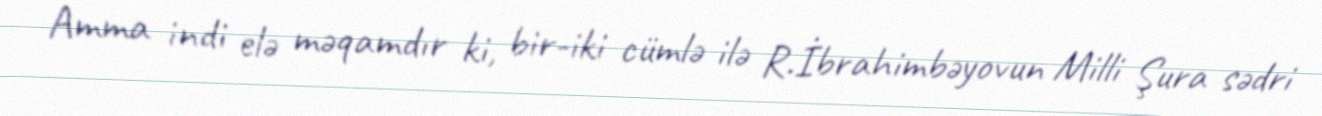
Amma indi elə məqamdır ki, bir-iki cümlə ilə R.İbrahimbəyovun Milli Şura sədri